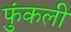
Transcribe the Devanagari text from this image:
फुंकली